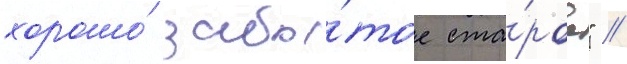
хорошо́ забы́тое ста́рое" //